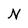
Character: N